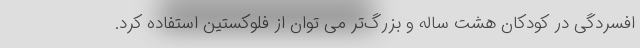
افسردگی در کودکان هشت ساله و بزرگ‌تر می توان از فلوکستین استفاده کرد.